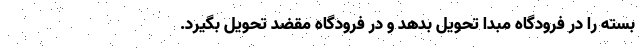
بسته را در فرودگاه مبدا تحویل بدهد و در فرودگاه مقضد تحویل بگیرد.